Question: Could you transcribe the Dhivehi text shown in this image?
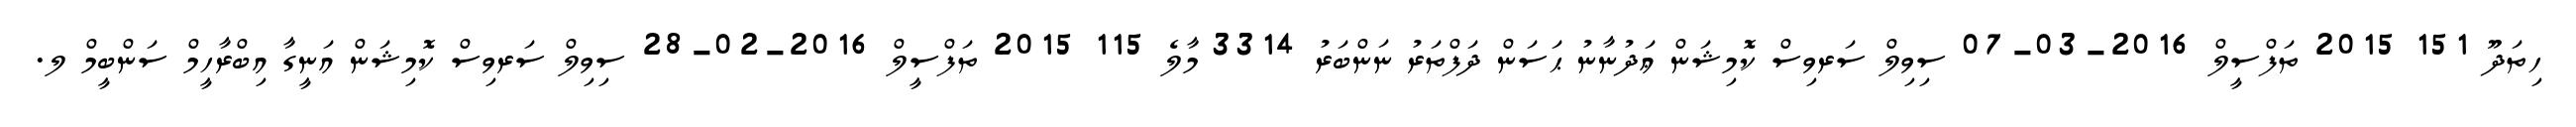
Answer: ހިތަދޫ 151 2015 ތަފްސީލް 2016-03-07 ސިވިލް ސަރވިސް ކޮމިޝަން ޢަދުނާނު ޙަސަން ދަފްތަރު ނަންބަރު 3314 މާލެ 115 2015 ތަފްސީލް 2016-02-28 ސިވިލް ސަރވިސް ކޮމިޝަން އަނީގާ އިބްރާހީމް ސަންބީމް ލ.